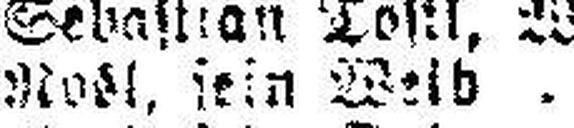
Nosl, sein Weld